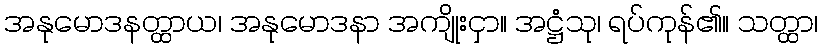
အနုမောဒနတ္ထာယ၊ အနုမောဒနာ အကျိုးငှာ။ အဋ္ဌံသု၊ ရပ်ကုန်၏။ သတ္ထာ၊